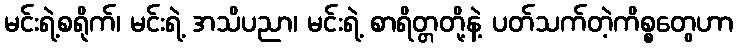
မင်းရဲ့စရိုက်၊ မင်းရဲ့ အသိပညာ၊ မင်းရဲ့ စာရိတ္တတို့နဲ့ ပတ်သက်တဲ့ကိစ္စတွေဟာ